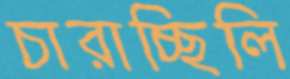
চারাচ্ছিলি